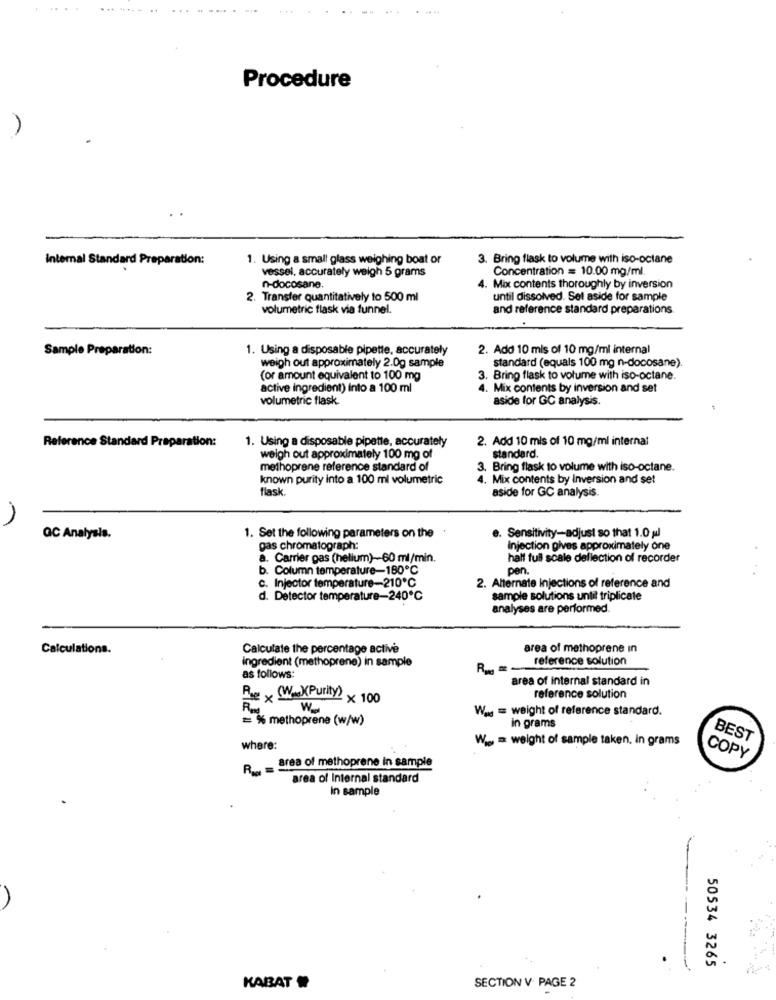
Procedure
Internal Standard Preparation:
1. Using a small glass weighing boat or
3. Bring flask to volume with iso-octane
vessel, accurately weigh 5 grams
Concentration = 10.00 mg/ml
n-docosane
4. Mix contents thoroughly by inversion
2. Transfer quantitatively to 500 ml
until dissolved. Set aside for sample
volumetric flask via funnel.
and reference standard preparations
Sample Preparation:
1. Using a disposable pipette, accurately
2. Add 10 mis of 10 mg/ml internal
standard (equals 100 mg n-docosane).
weigh out approximately 2.0g sample
(or amount equivalent to 100 mg
3. Bring flask to volume with iso-octane.
active ingredient) into a 100 ml
4. Mix contents by inversion and set
volumetric flask.
aside for GC analysis.
Reference Standard Preparation:
1. Using a disposable pipette, accurately
2. Add 10 mls of 10 mg/ml internal
weigh out approximately 100 mg of
standard.
methoprene reference standard of
3. Bring flask to volume with iso-octane.
known purity into a 100 ml volumetric
4. Mix contents by Inversion and set
flask.
aside for GC analysis.
e. Sensitivity-adjust so that 1.0 gl
QC Analysis.
1. Set the following parameters on the
gas chromatograph:
Injection gives approximately one
a. Carrier gas (helium)-60 ml/min.
half full scale deflection of recorder
b. Column temperature-180℃
pen.
C. Injector temperature-210℃
2. Alternate injections of reference and
d. Detector temperature-240℃
sample solutions until triplicate
analyses are performed.
Calculations.
Calculate the percentage active
area of methoprene in
Ingredient (methoprene) in sample
reference solution
as follows:
area of internal standard in
Pie WAXPurity) x 100
reference solution
Was = weight of reference standard.
= % methoprene (w/w)
in grams
Wie = weight of sample taken. in grams
BEST
where:
COPY
Rug - area of methoprene in sample
area of Internal standard
in sample
50534 3265
KABAT
SECTION V PAGE 2